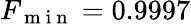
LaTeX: F_{\mathrm{~m~i~n~}}=0.9997